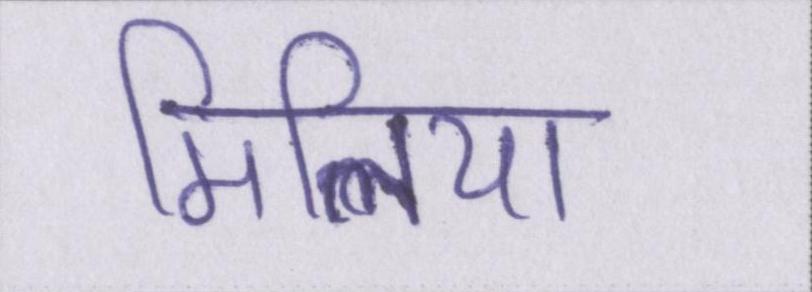
मिलिया